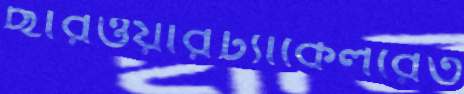
ছারওয়ারট্যাকেলরেত